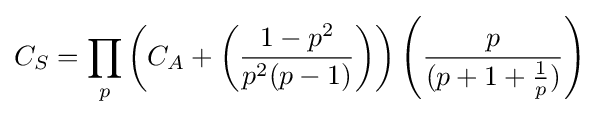
C_{S}=\prod _{p}\left(C_{A}+\left({{1-p^{2}} \over {p^{2}(p-1)}}\right)\right)\left({{p} \over {(p+1+{{1} \over {p}})}}\right)